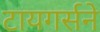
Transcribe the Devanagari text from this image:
टायगर्सने